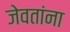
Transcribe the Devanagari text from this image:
जेवतांना